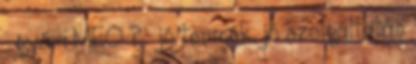
 gyári MEO ?  jó termék, jó szolgáltatás